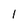
Character: 1